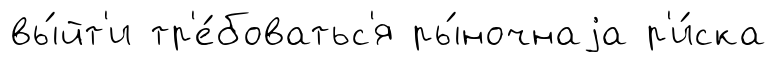
вы́йт'и тр'е́боватьс'я ры́ночнаjа р'и́ска